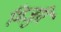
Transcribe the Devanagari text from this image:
मिजुरि